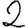
Digit: 2